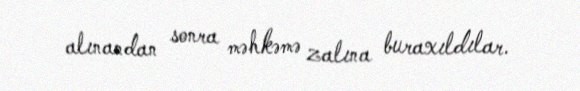
alınandan sonra məhkəmə zalına buraxıldılar.